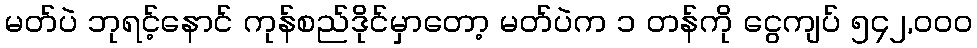
မတ်ပဲ ဘုရင့်နောင် ကုန်စည်ဒိုင်မှာတော့ မတ်ပဲက ၁ တန်ကို ငွေကျပ် ၅၄၂,၀၀၀